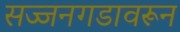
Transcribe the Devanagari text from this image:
सज्जनगडावरून